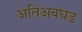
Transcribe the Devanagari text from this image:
अतिअवघड